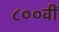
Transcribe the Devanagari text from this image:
८००वीं